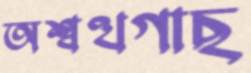
অশ্বত্থগাছ